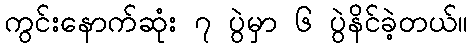
ကွင်းနောက်ဆုံး ၇ ပွဲမှာ ၆ ပွဲနိင်ခဲ့တယ်။